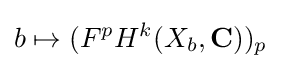
b\mapsto (F^{p}H^{k}(X_{b},\mathbf {C} ))_{p}